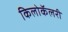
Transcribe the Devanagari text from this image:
किलोकॅलरी